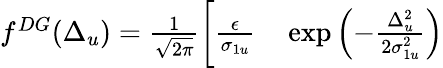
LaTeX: \begin{array}{rl}{f^{DG}(\Delta_{u})=\frac{1}{\sqrt{2\pi}}\bigg[\frac{\epsilon}{\sigma_{1u}}}&{{}\exp\left(-\frac{\Delta_{u}^{2}}{2\sigma_{1u}^{2}}\right)}\end{array}